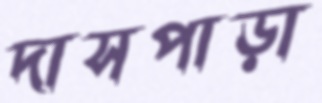
দাসপাড়া